65_HS1-834228961_62-HQ-83894_Section_10
Agency: FBI
Page 154
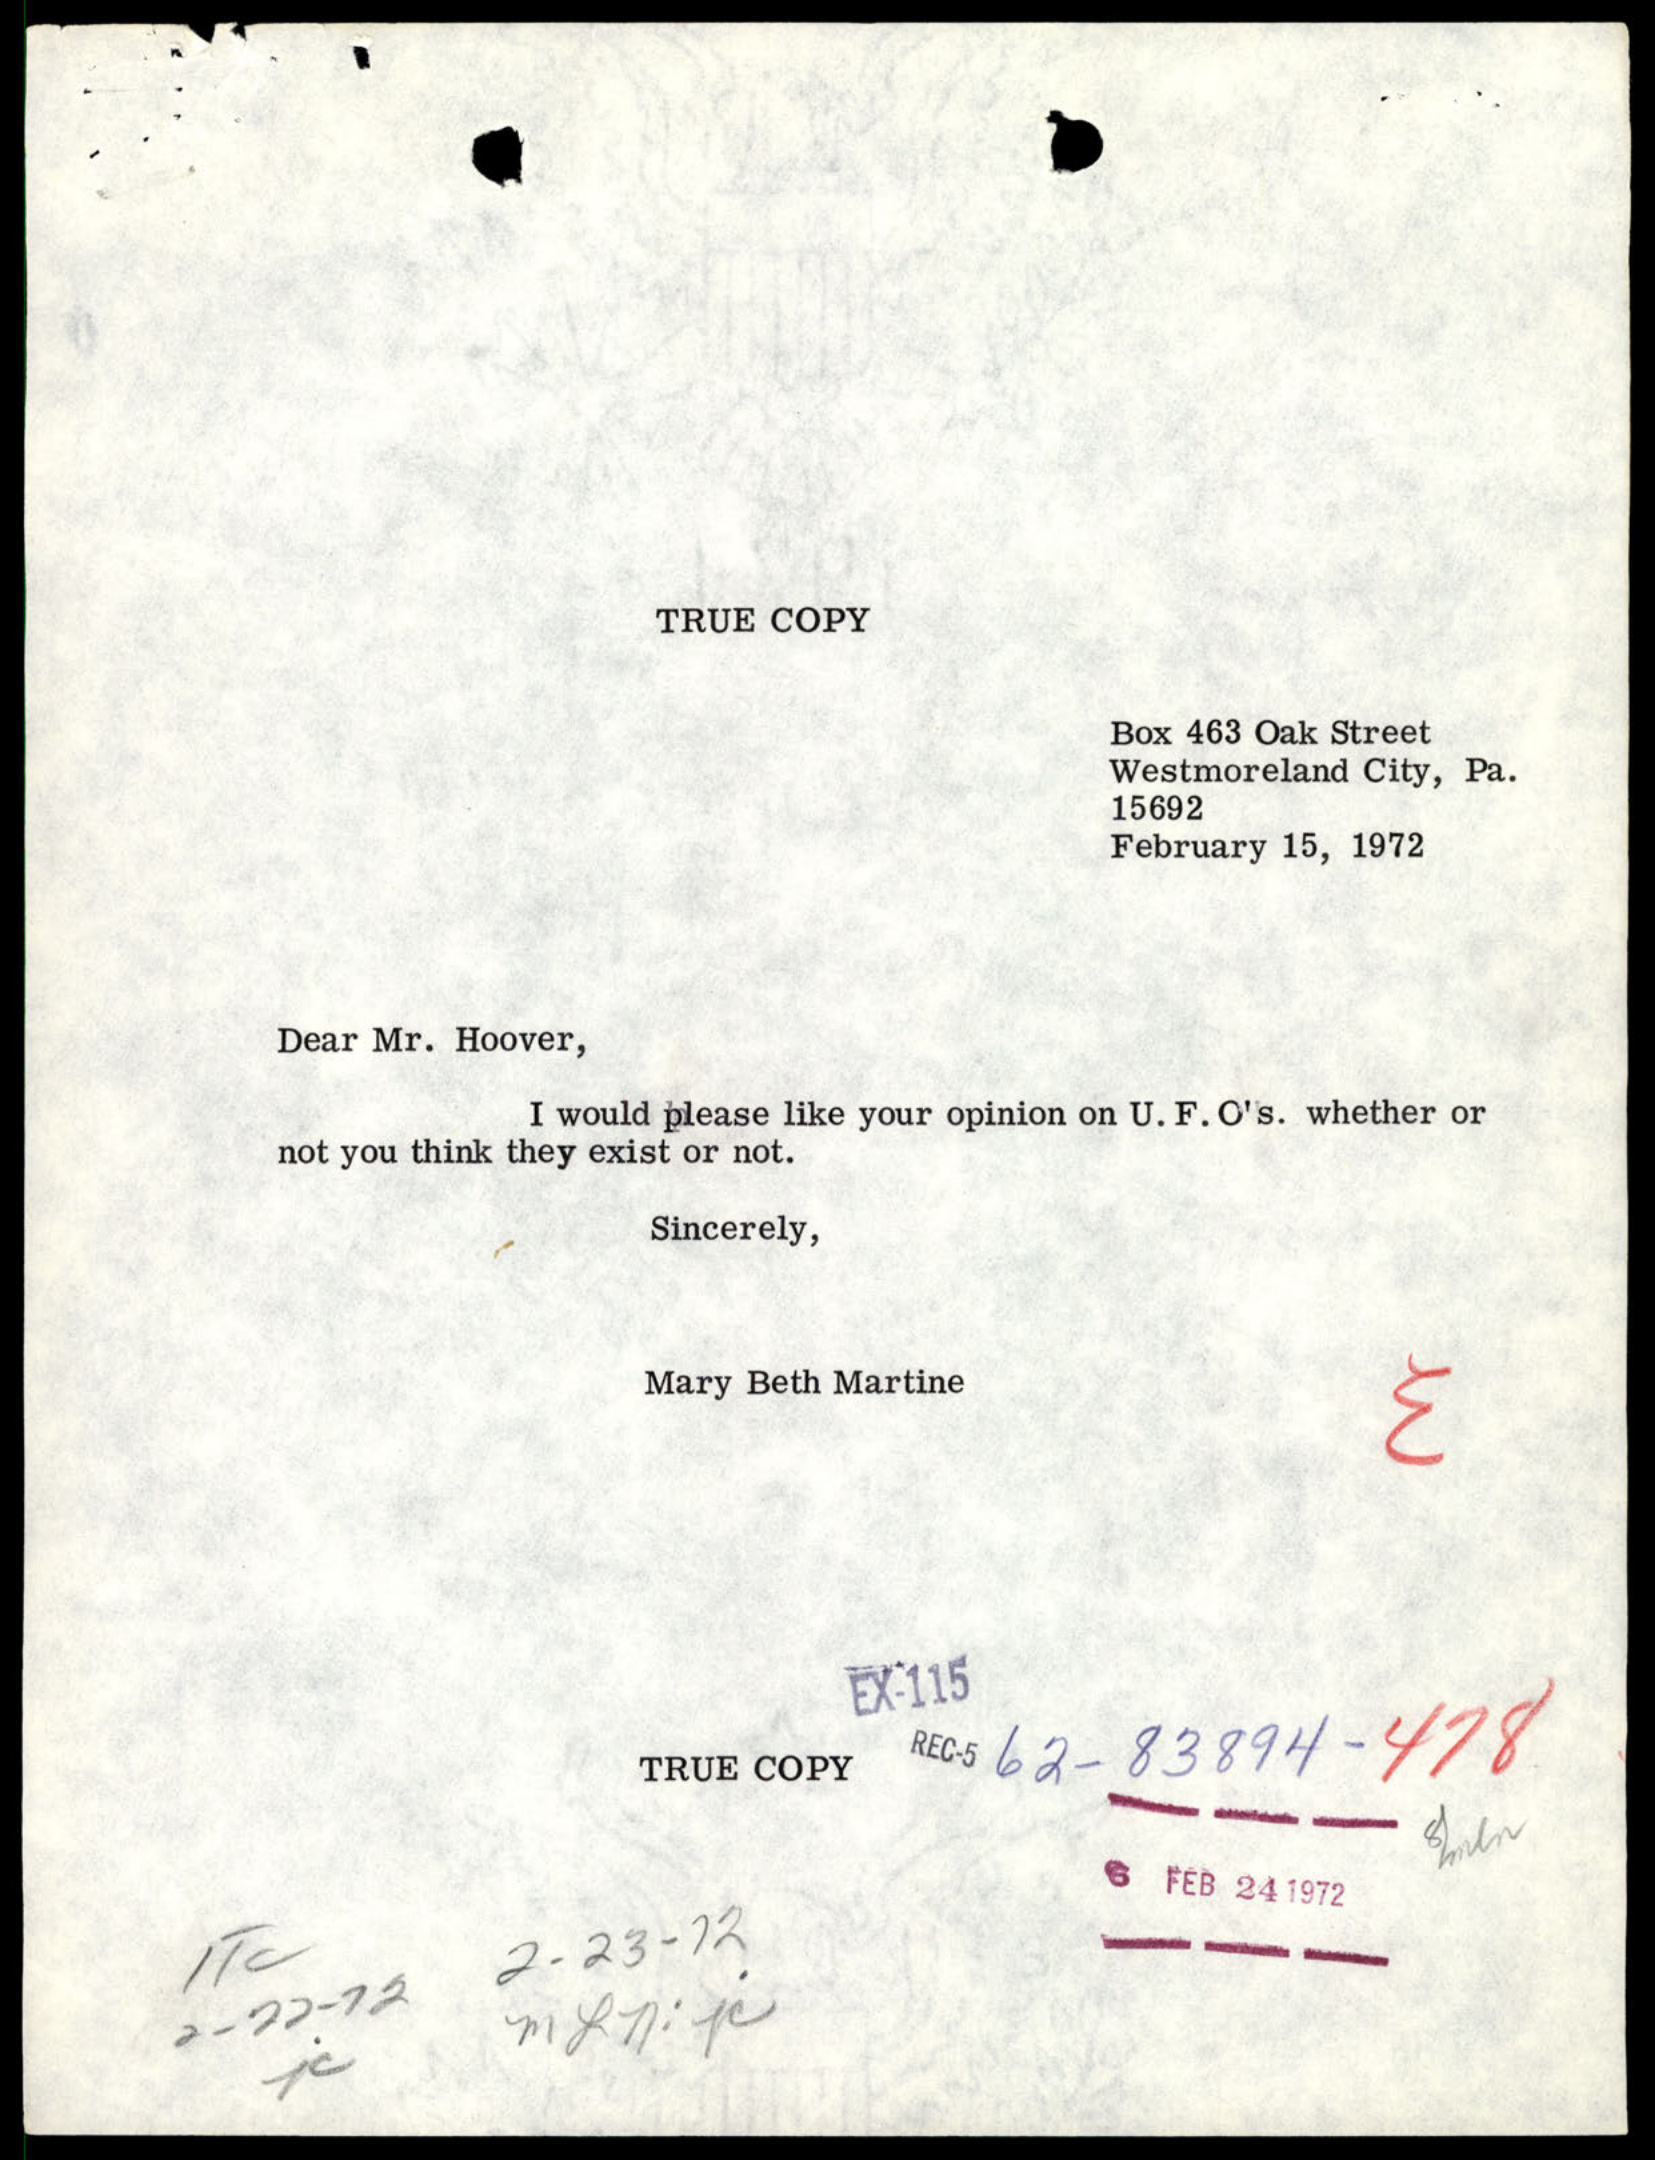